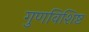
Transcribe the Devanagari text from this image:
गुणविशिष्ट